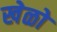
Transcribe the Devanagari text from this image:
खेळो